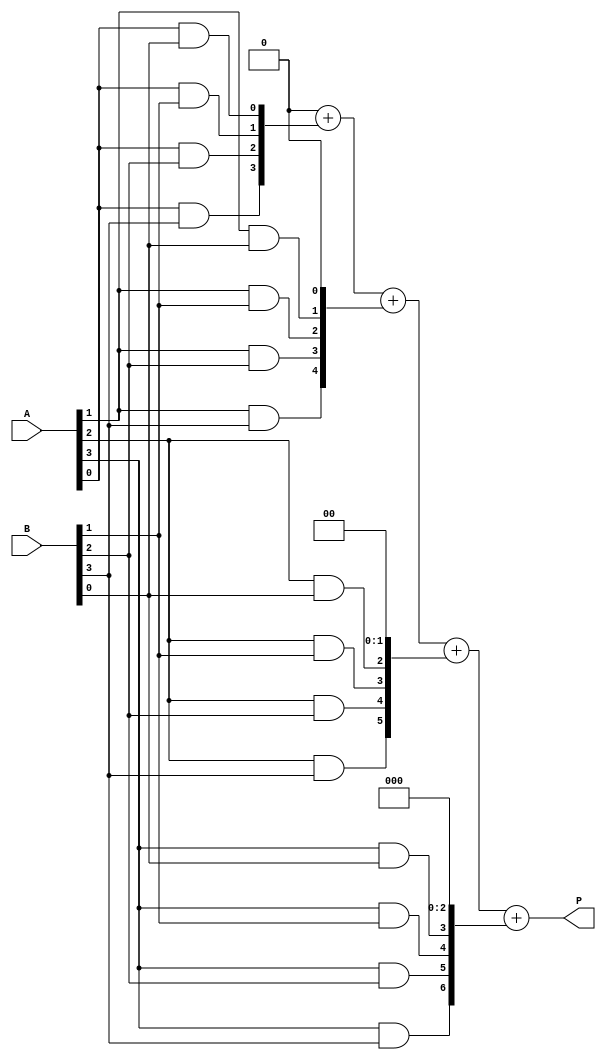
module VedicMultiplier #(parameter N = 4) (
    input [N-1:0] A,  // First multiplicand
    input [N-1:0] B,  // Second multiplicand
    output reg [2*N-1:0] P  // Product
);

// Temporary partial products
reg [N-1:0] partial_products[N-1:0];

// Generate partial products
integer i, j;
always @(*) begin
    // Initialize product to zero
    P = 0;

    // Generate partial products
    for (i = 0; i < N; i = i + 1) begin
        for (j = 0; j < N; j = j + 1) begin
            partial_products[i][j] = A[i] & B[j]; // AND operation for partial product
        end
    end

    // Sum the partial products
    for (i = 0; i < N; i = i + 1) begin
        P = P + (partial_products[i] << i); // Shift and add
    end
end

endmodule